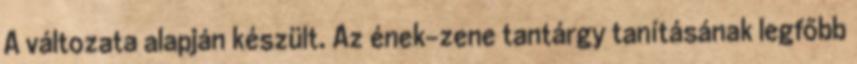
A változata alapján készült. Az ének-zene tantárgy tanításának legfőbb